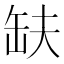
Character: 𮉱